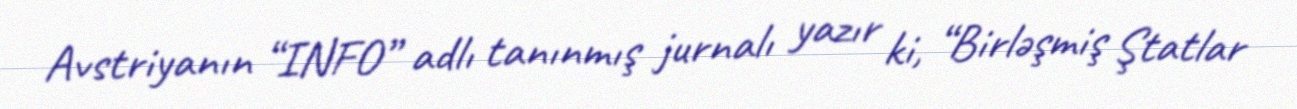
Avstriyanın “INFO” adlı tanınmış jurnalı yazır ki, “Birləşmiş Ştatlar